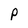
Character: P